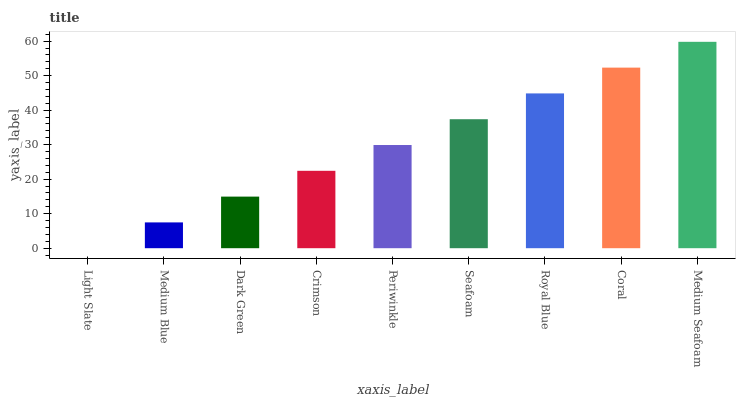
| xaxis_label | bars |
 | --- | --- |
 | Light Slate | 0 |
 | Medium Blue | 7.48 |
 | Dark Green | 15 |
 | Crimson | 22.4 |
 | Periwinkle | 29.9 |
 | Seafoam | 37.4 |
 | Royal Blue | 44.9 |
 | Coral | 52.3 |
 | Medium Seafoam | 59.8 |